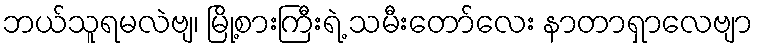
ဘယ်သူရမလဲဗျ၊ မြို့စားကြီးရဲ့ သမီးတော်လေး နာတာရှာလေဗျာ